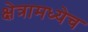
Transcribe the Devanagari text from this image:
क्षेत्रामध्येच